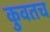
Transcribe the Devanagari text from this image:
कुवतच